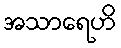
အသာရေဟိ